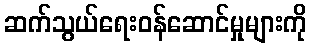
ဆက်သွယ်ရေးဝန်ဆောင်မှုများကို